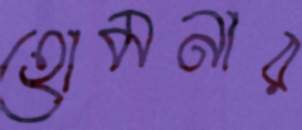
হোমনার